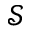
\mathcal { S }